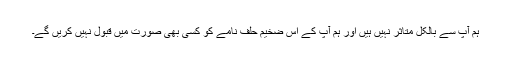
ہم آپ سے بالکل متاثر نہیں ہیں اور ہم آپ کے اس ضخیم حلف نامے کو کسی بھی صورت میں قبول نہیں کریں گے۔